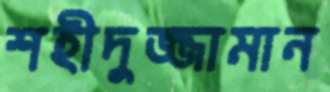
শহীদুজ্জামান